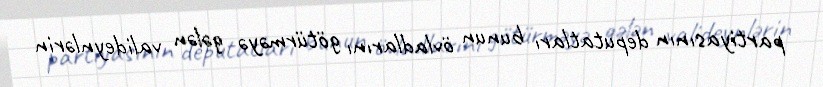
partiyasının deputatları bunun övladlarını götürməyə gələn valideynlərin